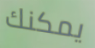
يمكنك